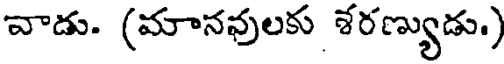
వాడు. (మానవులకు శరణ్యుడు.)